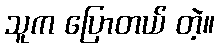
သူက ပြောတယ် တဲ့။